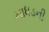
માધડની